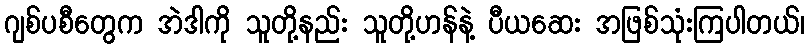
ဂျစ်ပစီတွေက အဲဒါကို သူတို့နည်း သူတို့ဟန်နဲ့ ပီယဆေး အဖြစ်သုံးကြပါတယ်၊